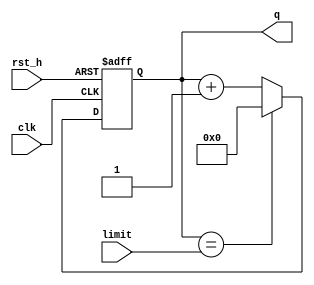
module BCD_UP(limit, clk, rst_h, q,);
    input [3:0]limit;
    input clk;
    input rst_h;
    output reg [5:0]q;
    reg [5:0]q_temp;

    always @*
        if (q == limit) q_temp = 0;
        else q_temp = q + 1'b1;
            
    always @(posedge clk or posedge rst_h)
        if (rst_h) q <= 0;
        else q <= q_temp; 
        
endmodule